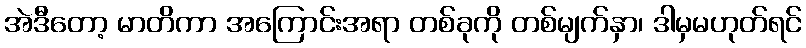
အဲဒီတော့ မာတိကာ အကြောင်းအရာ တစ်ခုကို တစ်မျက်နှာ၊ ဒါမှမဟုတ်ရင်